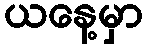
ယနေ့မှာ